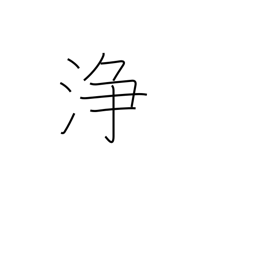
Meaning: clean